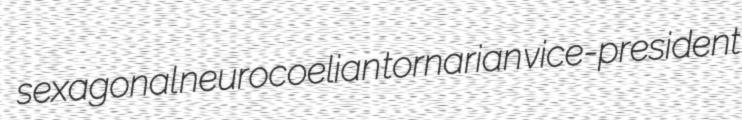
sexagonal neurocoelian tornarian vice-president